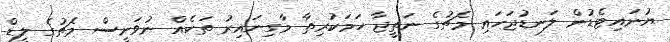
ޔުނައިޓެޑުން ލަނޑުޖަހައި މެޗުގެ ނަތީޖާ ހަމަކުރިތާ މާގިނައިރު ތަކެއް ނުވަނީސް މެޗުގެ ލީޑް